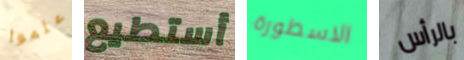
علموا أستطيع الاسطورة بالرأس